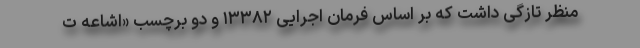
منظر تازگی داشت که بر اساس فرمان اجرایی ۱۳۳۸۲ و دو برچسب «اشاعه ت